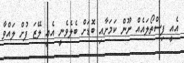
އެއީ ފިސްތޯލައެއް ނޫން ކަމަށާއި ބޮޑަށް ބެލެވެނީ އެއީ ލޭޒަ ފުށް ލައްވާ